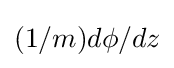
(1/m)d\phi /dz